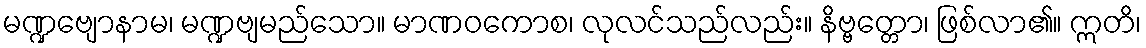
မဏ္ဍဗျောနာမ၊ မဏ္ဍဗျမည်သော။ မာဏဝကောစ၊ လုလင်သည်လည်း။ နိဗ္ဗတ္တော၊ ဖြစ်လာ၏။ ဣတိ၊